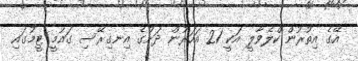
އޭގެ އިތުރުން ކްލެވާލީ އަކީ 21 އަހަރުން ދަށުގެ އިނގިރޭސި ގައުމީ ޓީމުގައި